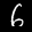
Label: 6